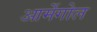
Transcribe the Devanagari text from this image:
आर्मेगोल